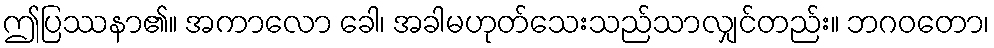
ဤပြဿနာ၏။ အကာလော ခေါ၊ အခါမဟုတ်သေးသည်သာလျှင်တည်း။ ဘဂဝတော၊